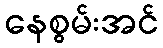
နေစွမ်းအင်